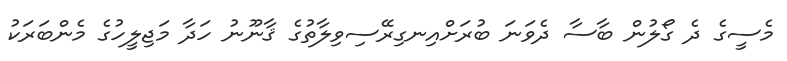
މެސީގެ ދެ ގޯލުން ބާސާ ދެވަނަ ބުރަށްއިނގިރޭސިވިލާތުގެ ޤާނޫނު ހަދާ މަޖިލީހުގެ މެންބަރަކު